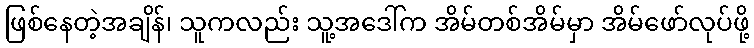
ဖြစ်နေတဲ့အချိန်၊ သူကလည်း သူ့အဒေါ်က အိမ်တစ်အိမ်မှာ အိမ်ဖော်လုပ်ဖို့